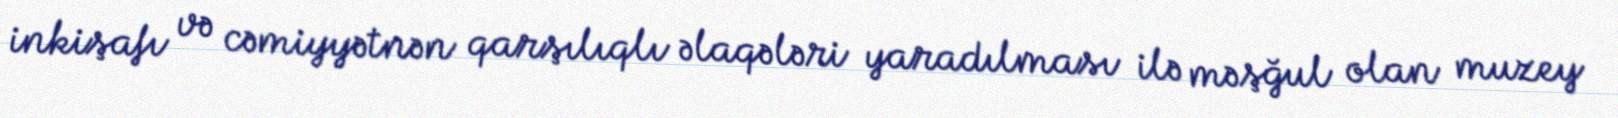
inkişafı və cəmiyyətnən qarşılıqlı əlaqələri yaradılması ilə məşğul olan muzey